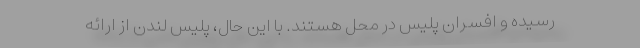
رسیده و افسران پلیس در محل هستند. با این حال، پلیس لندن از ارائه